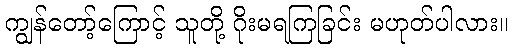
ကျွန်တော့်ကြောင့် သူတို့ ဂိုးမရကြခြင်း မဟုတ်ပါလား။